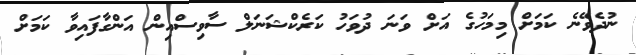
ނުދެވޭނެ ކަމަށް މިމަހުގެ އަށް ވަނަ ދުވަހު ކަރެކްޝަނަލް ސާވިސްއިން އަންގާފައިވާ ކަމަށް